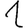
Digit: 1